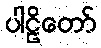
ပါဠိတော်